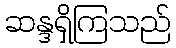
ဆန္ဒရှိကြသည်